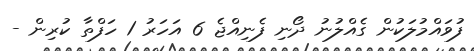
ފުވައްމުލަކުން ގެއްލުނު ދޯނި ފެނިއްޖެ 6 އަހަރު 1 ހަފްތާ ކުރިން -